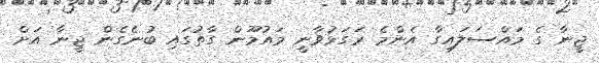
ޖީނާ ގެ މައްސަލައިގާ އެންމެ ރަގަޅުވާނީ މައުމޫން ގާތުގައި ބުނެގެން ޖީނާ އަށް